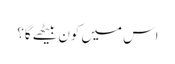
اس میں کون بیٹھے گا؟